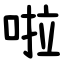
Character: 啦